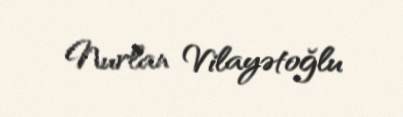
Nurlan Vilayətoğlu